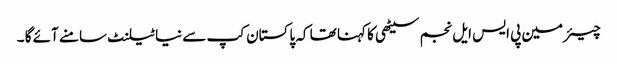
چیئرمین پی ایس ایل نجم سیٹھی کا کہنا تھا کہ پاکستان کپ سے نیا ٹیلنٹ سامنے آئے گا ۔